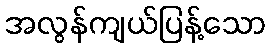
အလွန်ကျယ်ပြန့်သော